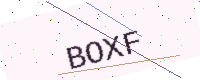
Text: BOXF